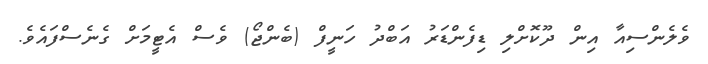
ވެލެންސިއާ އިން ދޫކޮށްލި ޑިފެންޑަރު އަބްދު ހަނީފް (ބެންޖޯ) ވެސް އެޓީމަށް ގެނެސްފައެވެ.